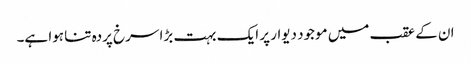
ان کے عقب میں موجود دیوار پر ایک بہت بڑا سرخ پردہ تنا ہوا ہے۔